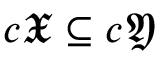
c { \mathfrak { X } } \subseteq c { \mathfrak { Y } }